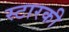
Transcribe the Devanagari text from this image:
स्टारकी